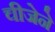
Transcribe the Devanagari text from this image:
चीजेने